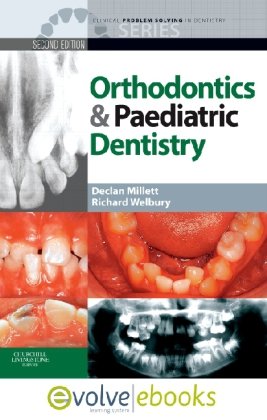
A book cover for Clinical Problem Solving in Orthodontics and Paediatric Dentistry Text and Evolve eBooks Package, 2e; Declan Millett BDSc  DDS  FDSRCPS  FDSRCS  DOrthRCSEng  MOrthRCSEng; Medical Books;